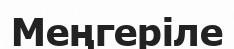
Меңгеріле